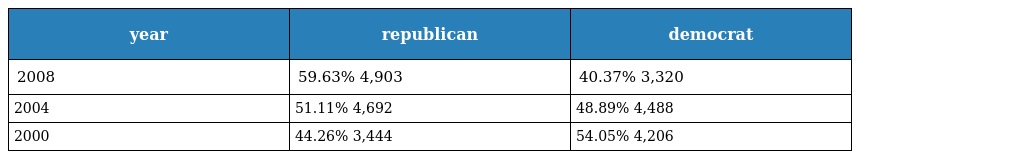
| year | republican | democrat |
 | --- | --- | --- |
 | 2008 | 59.63% 4,903 | 40.37% 3,320 |
 | 2004 | 51.11% 4,692 | 48.89% 4,488 |
 | 2000 | 44.26% 3,444 | 54.05% 4,206 |